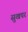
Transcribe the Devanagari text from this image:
सुखपर